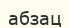
абзац